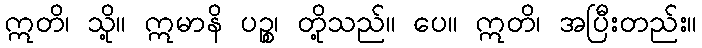
ဣတိ၊ သို့။ ဣမာနိ ပဉ္စ၊ တို့သည်။ ပေ။ ဣတိ၊ အပြီးတည်း။